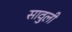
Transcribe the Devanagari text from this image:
सावुली